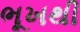
ભૂખથી